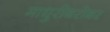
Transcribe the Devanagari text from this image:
माधुरीबरोबर